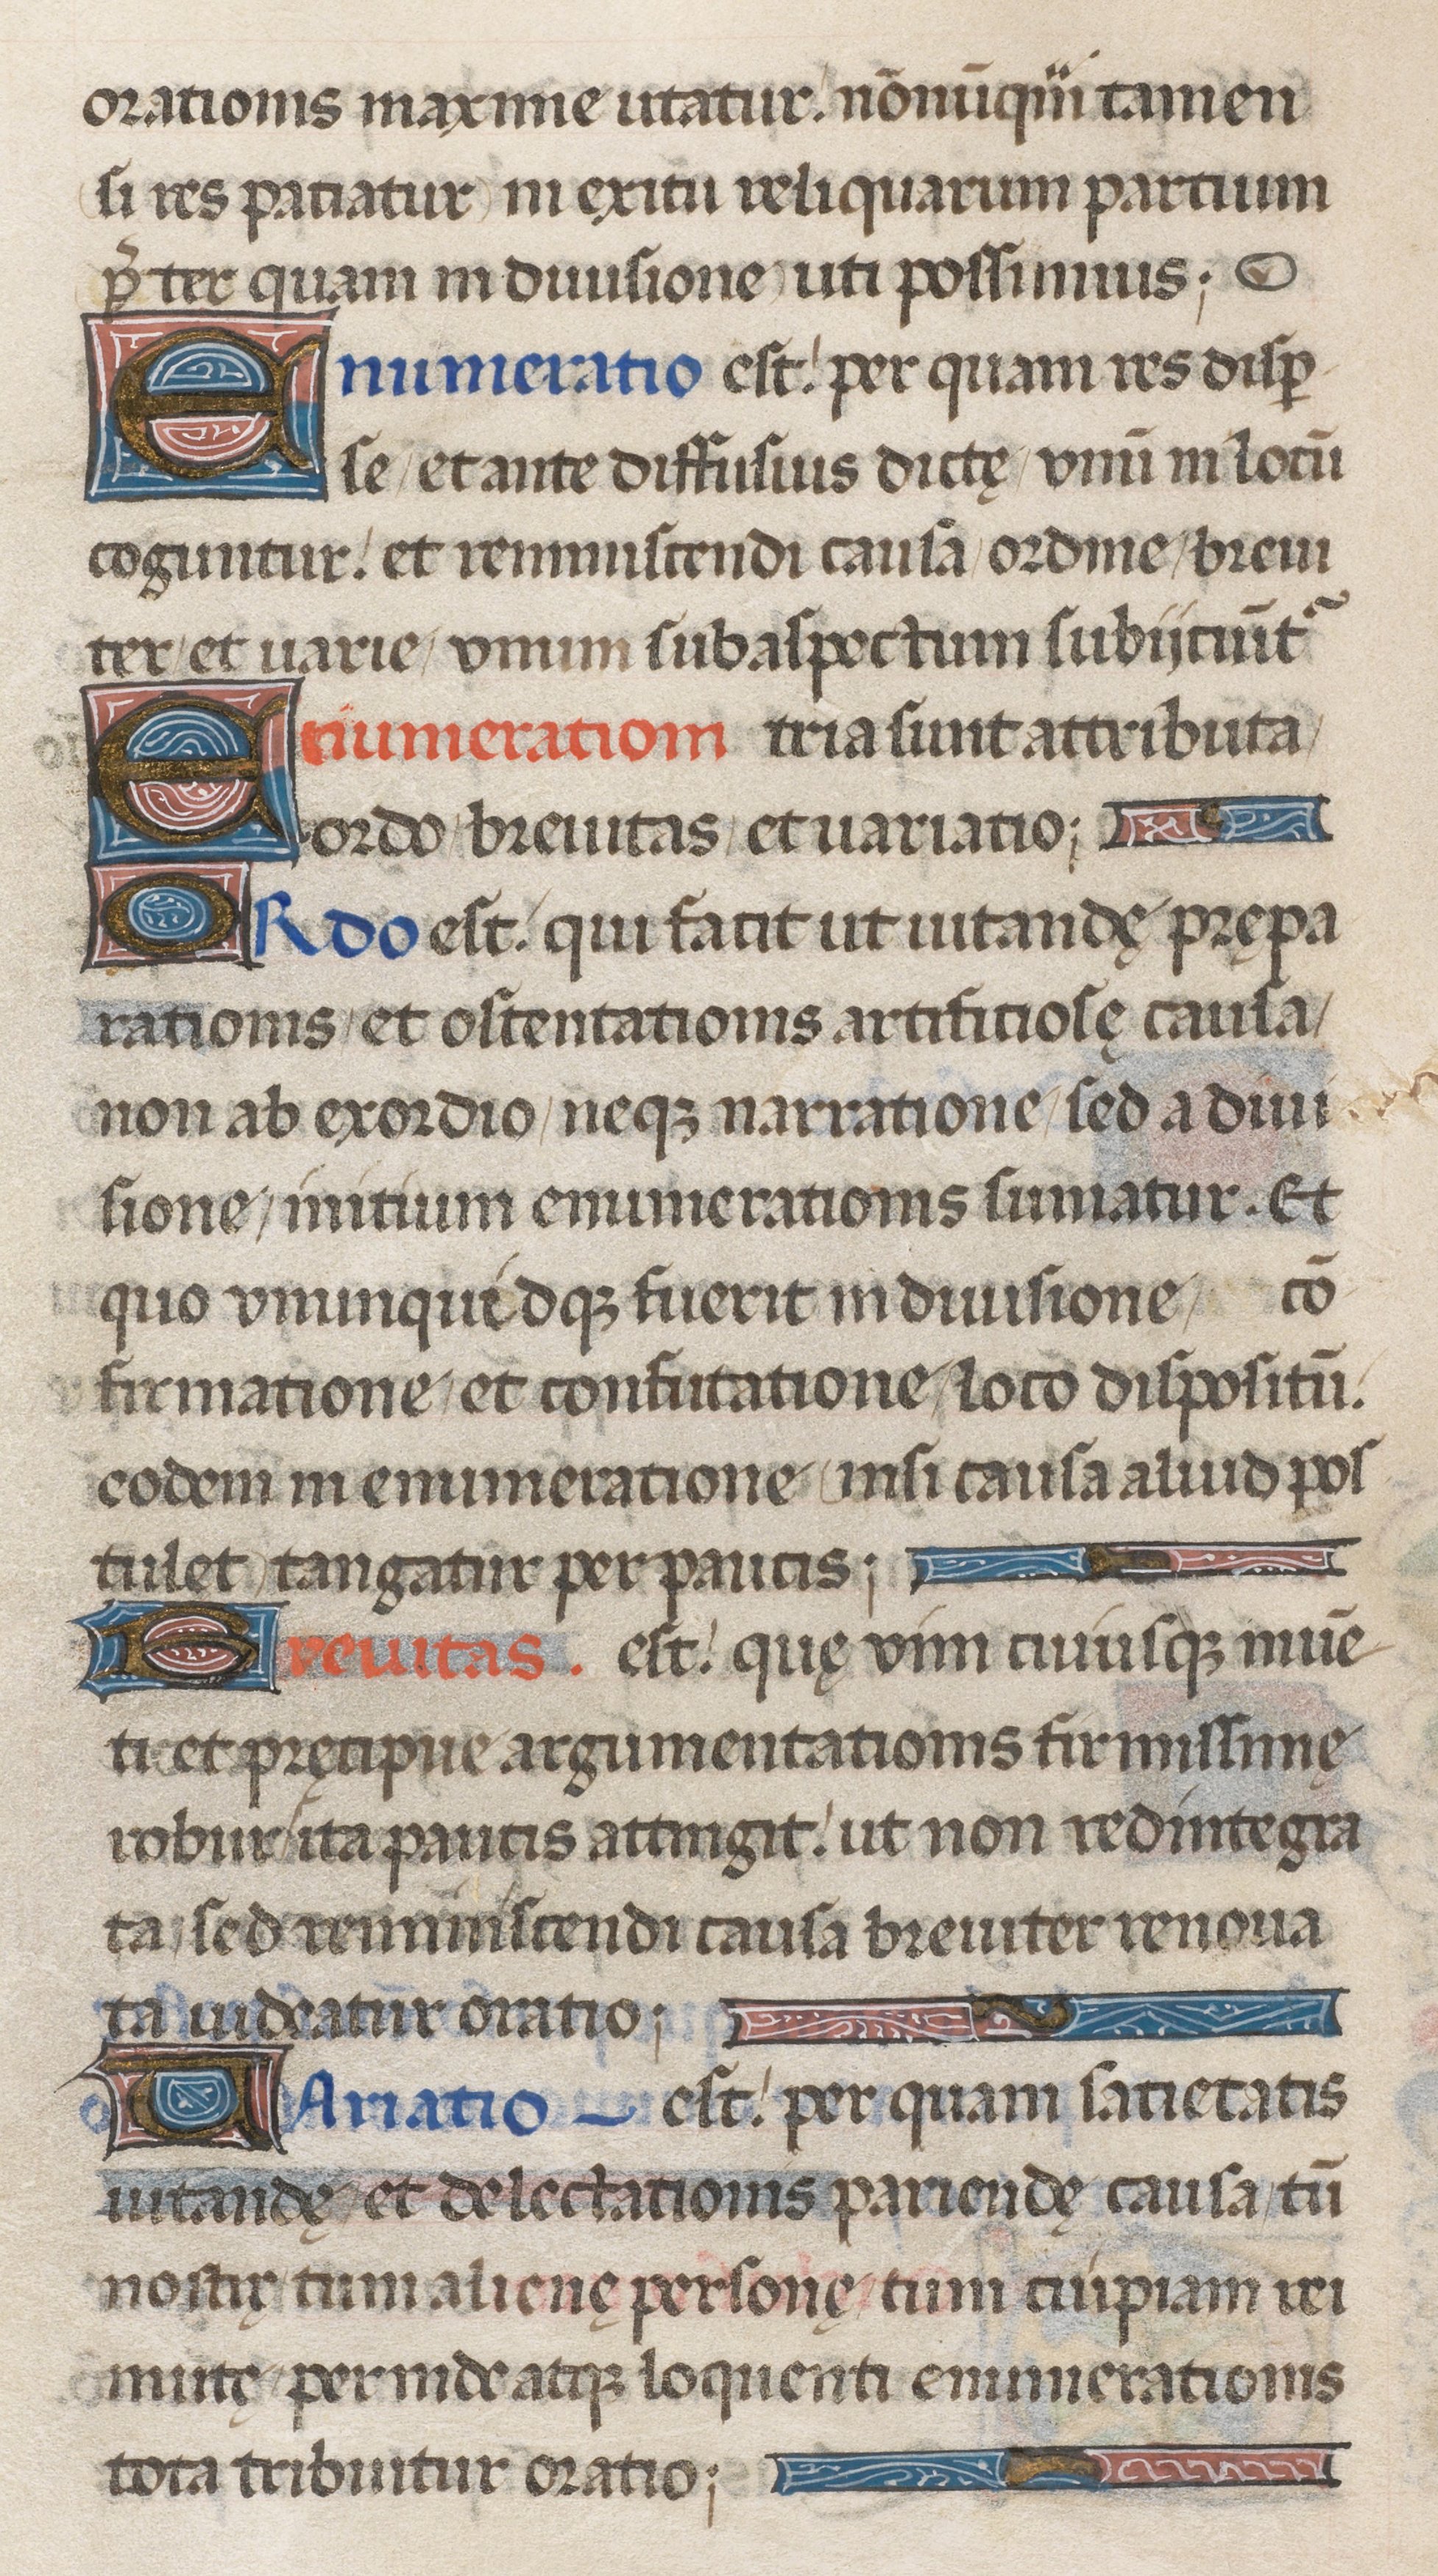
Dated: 1471–1471